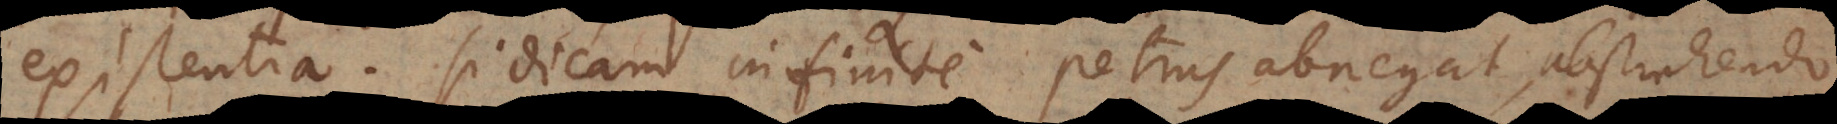
existentia. Si dicam infinite Petrus abnegat, abstrahendo